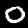
Label: 0